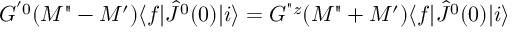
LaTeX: G ^ { ' 0 } ( M " - M ^ { \prime } ) \langle f | { \hat { J } } ^ { 0 } ( 0 ) | i \rangle = G ^ { " z } ( M " + M ^ { \prime } ) \langle f | { \hat { J } } ^ { 0 } ( 0 ) | i \rangle